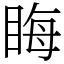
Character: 䀲